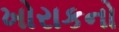
ખોરાકનો